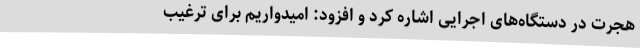
هجرت در دستگاه‌های اجرایی اشاره کرد و افزود: امیدواریم برای ترغیب